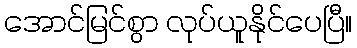
အောင်မြင်စွာ လုပ်ယူနိုင်ပေပြီ။